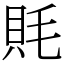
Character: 㲘